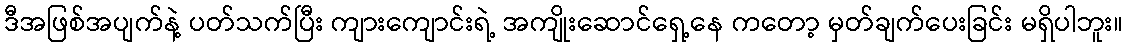
ဒီအဖြစ်အပျက်နဲ့ ပတ်သက်ပြီး ကျားကျောင်းရဲ့ အကျိုးဆောင်ရှေ့နေ ကတော့ မှတ်ချက်ပေးခြင်း မရှိပါဘူး။